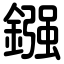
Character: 鏹